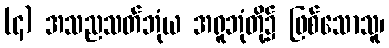
(၄) အသညသတ်ဘုံယ အရူဘုံတို့၌ ဖြစ်သောသူ၊